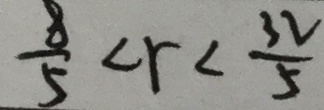
\frac { 8 } { 5 } < r < \frac { 3 2 } { 5 }